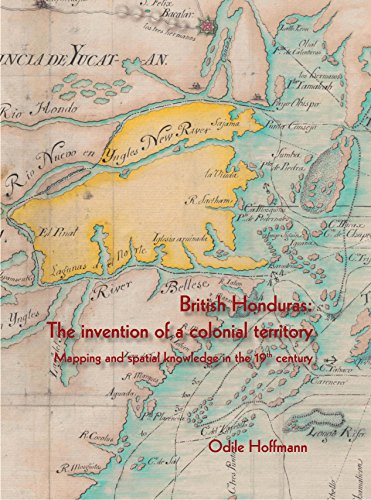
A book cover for British Honduras: The invention of a colonial territory Mapping and spatial knowledge in the 19th century; Odile Hoffmann; Travel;